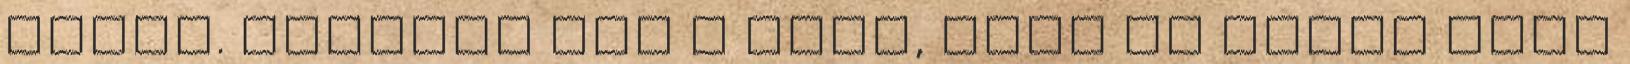
szaft. Kockázd fel a húst, majd az egyik üveg